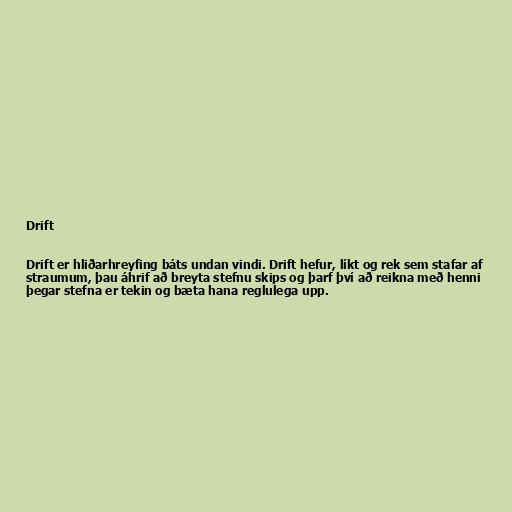
Drift

Drift er hliðarhreyfing báts undan vindi. Drift hefur, líkt og rek sem stafar af
straumum, þau áhrif að breyta stefnu skips og þarf því að reikna með henni
þegar stefna er tekin og bæta hana reglulega upp.